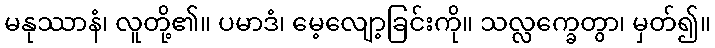
မနုဿာနံ၊ လူတို့၏။ ပမာဒံ၊ မေ့လျော့ခြင်းကို။ သလ္လက္ခေတွာ၊ မှတ်၍။